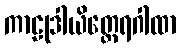
ကာဠုဒါယိတ္ထေရဂါထာ